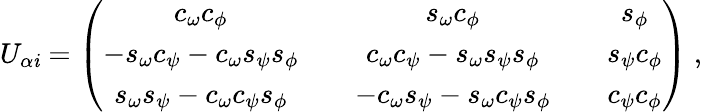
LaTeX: U_{\alpha\mathit{i}}=\left(\begin{array}{ccccc}{{c_{\omega}c_{\phi}}}&{{}}&{{s_{\omega}c_{\phi}}}&{{}}&{{s_{\phi}}}\\ {{-s_{\omega}c_{\psi}-c_{\omega}s_{\psi}s_{\phi}}}&{{}}&{{c_{\omega}c_{\psi}-s_{\omega}s_{\psi}s_{\phi}}}&{{}}&{{s_{\psi}c_{\phi}}}\\ {{s_{\omega}s_{\psi}-c_{\omega}c_{\psi}s_{\phi}}}&{{}}&{{-c_{\omega}s_{\psi}-s_{\omega}c_{\psi}s_{\phi}}}&{{}}&{{c_{\psi}c_{\phi}}}\end{array}\right)\ ,